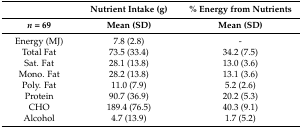
|  | Nutrient Intake (g) | % Energy from Nutrients |
 | n = 69 | Mean (SD) | Mean (SD) |
 | --- | --- | --- |
 | Energy (MJ) | 7.8 (2.8) | - |
 | Total Fat | 73.5 (33.4) | 34.2 (7.5) |
 | Sat. Fat | 28.1 (13.8) | 13.0 (3.6) |
 | Mono. Fat | 28.2 (13.8) | 13.1 (3.6) |
 | Poly. Fat | 11.0 (7.9) | 5.2 (2.6) |
 | Protein | 90.7 (36.9) | 20.2 (5.3) |
 | CHO | 189.4 (76.5) | 40.3 (9.1) |
 | Alcohol | 4.7 (13.9) | 1.7 (5.2) |